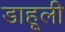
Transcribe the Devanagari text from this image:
डाहूली